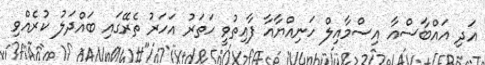
އަދި އައްބާސްއާ އިސްމާއިލް ހަނިއްޔާއާ ފާއިތުވީ ހަތަރު އަހަރު ތެރޭގައި ބައްދަލު ކުރެއްވި